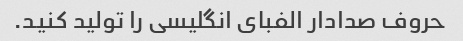
حروف صدادار الفبای انگلیسی را تولید کنید.